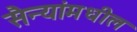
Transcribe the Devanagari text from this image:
सैन्यांमधील